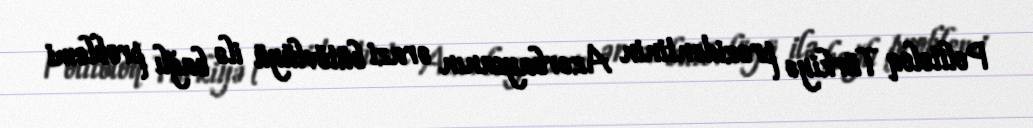
Politoloq Türkiyə prezidentinin Azərbaycanın ərazi bütövlüyü ilə bağlı problemi